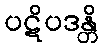
ပဋိပဒန္တိ